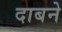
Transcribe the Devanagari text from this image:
दाबने